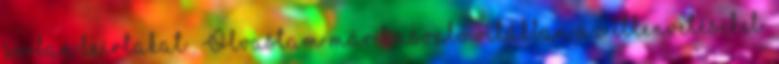
sorban leírtakat . Olvastam már hasonló vitákban az ellenvetéseket: